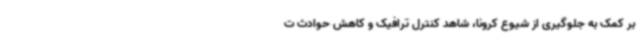
بر کمک به جلوگیری از شیوع کرونا، شاهد کنترل ترافیک و کاهش حوادث ت